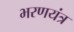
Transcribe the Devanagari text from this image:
भरणयंत्र